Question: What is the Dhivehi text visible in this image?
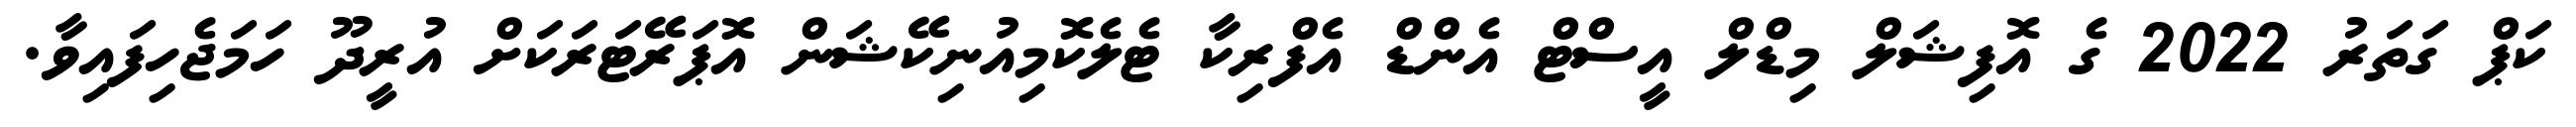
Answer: ކަޕް ގަތަރު 2022 ގެ އޮފިޝަލް މިޑްލް އީސްޓް އެންޑް އެފްރިކާ ޓެލެކޮމިއުނިކޭޝަން އޮޕަރޭޓަރަކަށް އުރީދޫ ހަމަޖެހިފައިވާ.